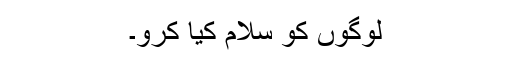
لوگوں کو سلام کیا کرو۔